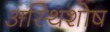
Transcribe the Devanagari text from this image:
अस्थिशोष